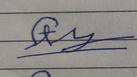
Signature authenticity: forged